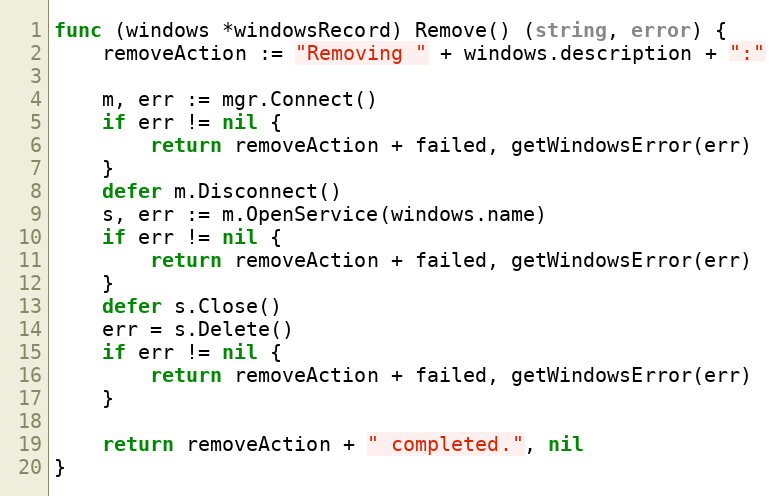
Language: Go
func (windows *windowsRecord) Remove() (string, error) {
	removeAction := "Removing " + windows.description + ":"

	m, err := mgr.Connect()
	if err != nil {
		return removeAction + failed, getWindowsError(err)
	}
	defer m.Disconnect()
	s, err := m.OpenService(windows.name)
	if err != nil {
		return removeAction + failed, getWindowsError(err)
	}
	defer s.Close()
	err = s.Delete()
	if err != nil {
		return removeAction + failed, getWindowsError(err)
	}

	return removeAction + " completed.", nil
}